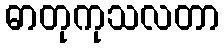
ဓာတုကုသလတာ